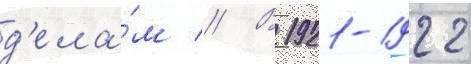
д'ела́м // В 1921-1922